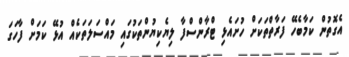
އެގޮތުން ކަމާބެހޭ ފަރާތްތަކަށް ހުށައެޅި ޓްރާންސްފާ ލިޔެކިޔުންތަކުގައި މައްސަލަތަކެއް އުޅޭ ކަމަށް ފާހަގަ